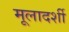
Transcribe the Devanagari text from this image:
मूलादर्शी